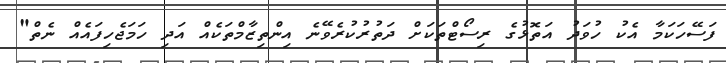
ފަސޭހަކަމާ އެކު ހުވަދު އަތޮޅުގެ ރިސޯޓްތަކަށް ދަތުރުކުރެވޭނެ އިންތިޒާމްތަކެއް އަދި ހަމަޖެހިފައެއް ނެތް"